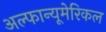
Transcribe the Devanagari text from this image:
अल्फान्यूमेरिकल